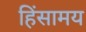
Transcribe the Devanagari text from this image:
हिंसामय